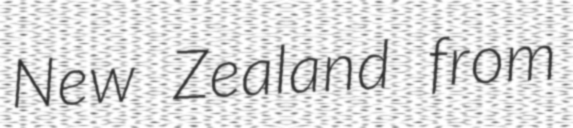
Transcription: New Zealand from